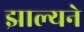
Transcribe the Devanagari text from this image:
झाल्यने